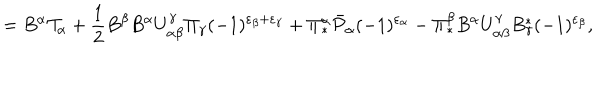
= B ^ { \alpha } { \cal T } _ { \alpha } + \frac { 1 } { 2 } B ^ { \beta } B ^ { \alpha } U _ { \alpha \beta } ^ { \gamma } \Pi _ { \gamma } ( - 1 ) ^ { \varepsilon _ { \beta } + \varepsilon _ { \gamma } } + \Pi _ { * } ^ { \alpha } \bar { \cal P } _ { \alpha } ( - 1 ) ^ { \varepsilon _ { \alpha } } - \Pi _ { * } ^ { \beta } B ^ { \alpha } U _ { \alpha \beta } ^ { \gamma } B _ { \gamma } ^ { * } ( - 1 ) ^ { \varepsilon _ { \beta } } ,